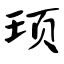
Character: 顼